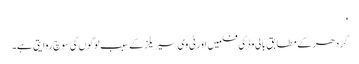
'
گردھر کے مطابق بالی وڈ کی فلمیں اور ٹی وی سیریلز کے سبب لوگوں کی سوچ روایتی ہے۔